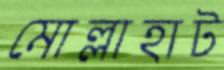
মোল্লাহাট